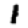
Digit: 1